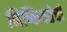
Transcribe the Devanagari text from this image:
निष्कियतेची